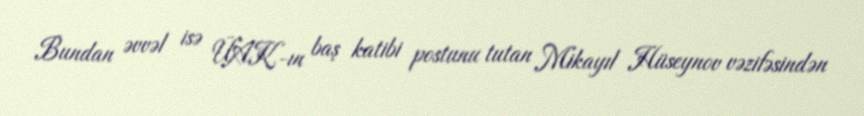
Bundan əvvəl isə ÜAK-ın baş katibi postunu tutan Mikayıl Hüseynov vəzifəsindən